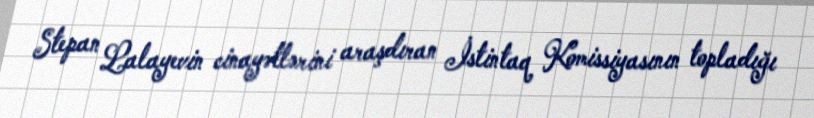
Stepan Lalayevin cinayətlərini araşdıran İstintaq Komissiyasının topladığı